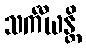
သင်္ကီယန္တိ